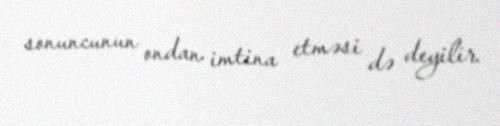
sonuncunun ondan imtina etməsi də deyilir.